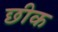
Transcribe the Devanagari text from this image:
छीक